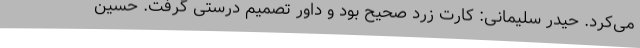
می‌کرد. حیدر سلیمانی: کارت زرد صحیح بود و داور تصمیم درستی گرفت. حسین